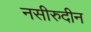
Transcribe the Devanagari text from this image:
नसीरुदीन